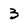
Character: 3